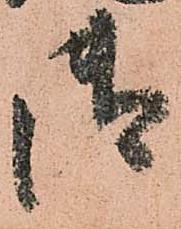
御